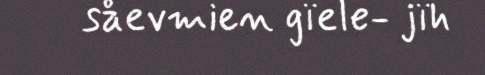
såevmien gïele- jïh